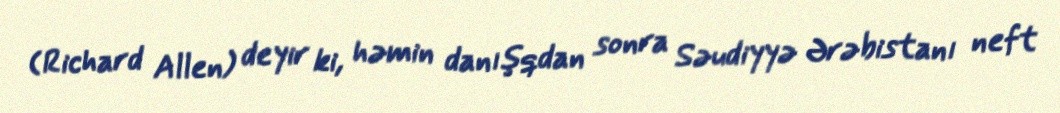
(Richard Allen) deyir ki, həmin danışqdan sonra Səudiyyə Ərəbistanı neft